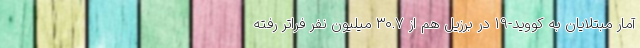
آمار مبتلایان به کووید-۱۹ در برزیل هم از ۳۰.۷ میلیون نفر فراتر رفته